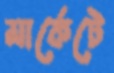
মার্কেটে